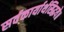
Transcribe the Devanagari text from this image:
सर्वकार्यार्थसिद्धये॥